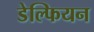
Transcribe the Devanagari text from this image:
डेल्फियन